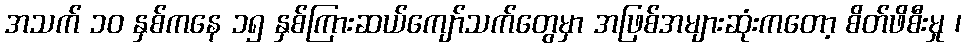
အသက် ၁၀ နှစ်ကနေ ၁၅ နှစ်ကြားဆယ်ကျော်သက်တွေမှာ အဖြစ်အများဆုံးကတော့ စိတ်ဖိစီးမှု ၊